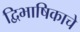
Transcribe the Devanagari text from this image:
द्विभाषिकाचे